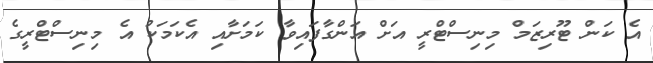
އެ ކަން ޓޫރިޒަމް މިނިސްޓްރީ އަށް އަންގާފައިވާ ކަމަށާއި އެކަމަކު އެ މިނިސްޓްރީގެ